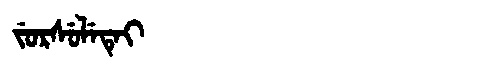
Manchu: ᠵᡠᡵᠰᡠᠯᡝᡨᡝᡳ
Romanization: JURSULETEI